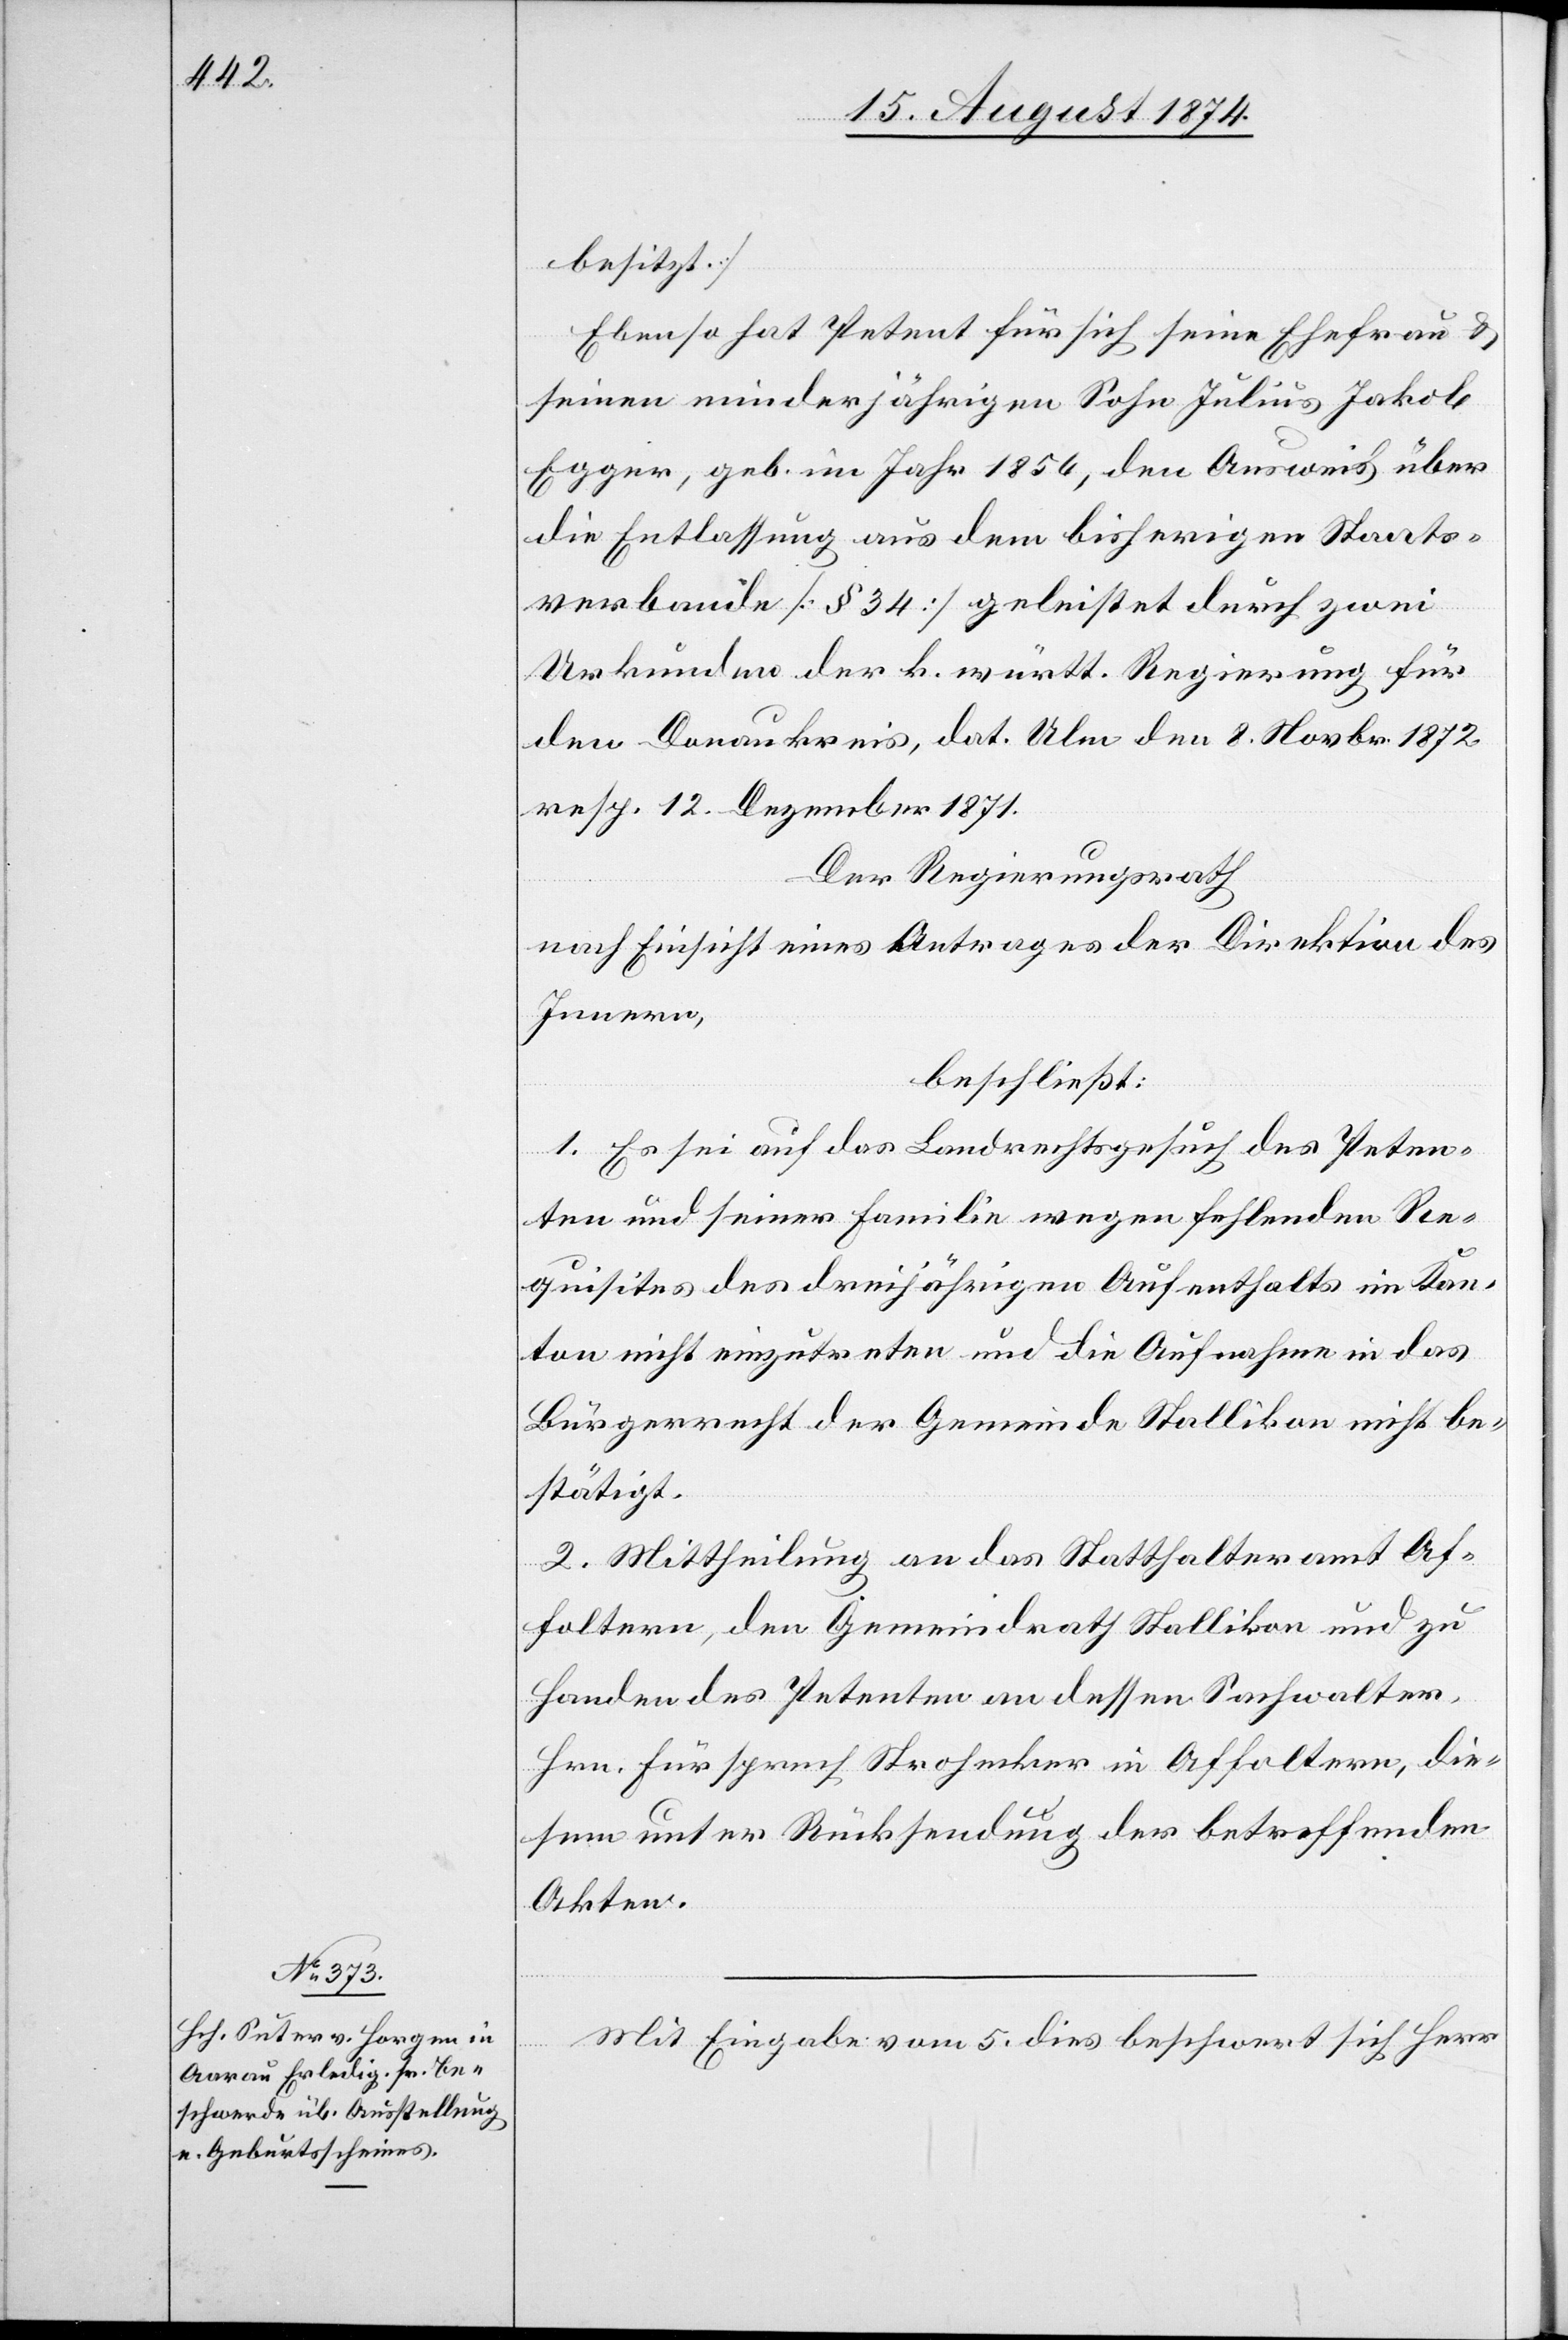
besitzt.]
Ebenso hat Petent für sich seine Ehefrau u.
seinen minderjährigen Sohn Julius Jakob
Egger, geb. im Jahr 1856, den Ausweis über
die Entlassung aus dem bisherigen Staats¬
verbande [§ 34] geleistet durch zwei
Urkunden der k. württ. Regierung für
den Donaukreis, dat. Ulm den 8. Novbr. 1872
resp. 12. Dezember 1871.
Der Regierungsrath
nach Einsicht eines Antrages der Direktion des
Innern,
beschließt:
1. Es sei auf das Landrechtsgesuch des Peten¬
ten und seiner Familie wegen fehlenden Re¬
quisites des dreijährigen Aufenthalts im Kan¬
ton nicht einzutreten und die Aufnahme in das
Bürgerrecht der Gemeine Stallikon nicht be¬
stätigt.
2. Mittheilung an das Statthalteramt Af¬
foltern, den Gemeindrath Stallikon und zu
Handen des Petenten an dessen Sachwalter
Hrn. Fürsprech Strohecker in Affoltern, die¬
sem unter Rücksendung der betreffenden
Akten.
Mit Eingabe vom 5. dies beschwert sich Herr